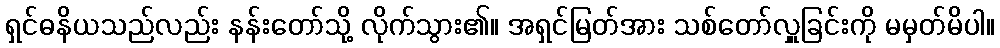
ရှင်ဓနိယသည်လည်း နန်းတော်သို့ လိုက်သွား၏။ အရှင်မြတ်အား သစ်တော်လှူခြင်းကို မမှတ်မိပါ။